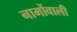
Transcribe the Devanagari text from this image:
नामोंवाली